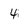
Character: 4